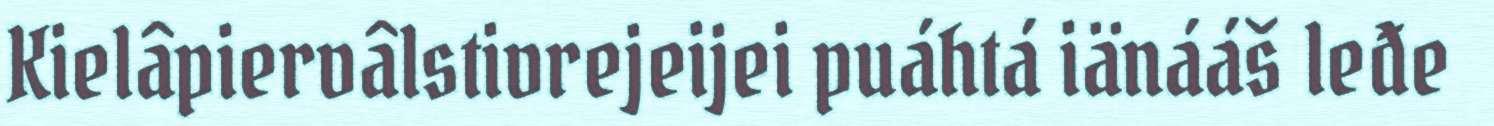
Kielâpiervâlstivrejeijei puáhtá iänááš leđe